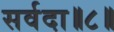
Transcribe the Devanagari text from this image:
सर्वदा॥८॥